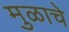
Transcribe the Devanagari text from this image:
मुळाचे